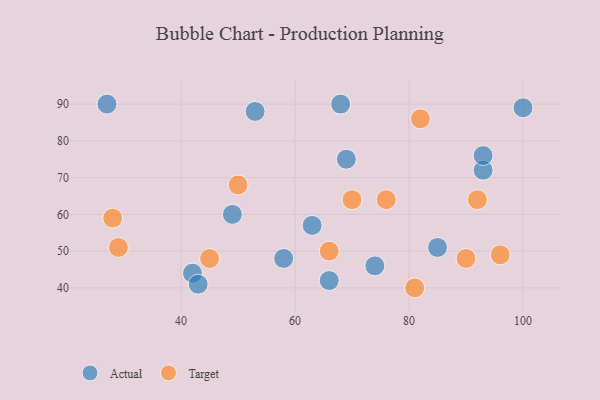
{"axis": {"x": "GDP", "y": "Life Expectancy"}, "legend": ["Actual", "Target"], "data": [{"x": "74", "y": 46, "type": "Actual"}, {"x": "69", "y": 75, "type": "Actual"}, {"x": "53", "y": 88, "type": "Actual"}, {"x": "93", "y": 72, "type": "Actual"}, {"x": "66", "y": 42, "type": "Actual"}, {"x": "58", "y": 48, "type": "Actual"}, {"x": "49", "y": 60, "type": "Actual"}, {"x": "63", "y": 57, "type": "Actual"}, {"x": "27", "y": 90, "type": "Actual"}, {"x": "42", "y": 44, "type": "Actual"}, {"x": "100", "y": 89, "type": "Actual"}, {"x": "43", "y": 41, "type": "Actual"}, {"x": "93", "y": 76, "type": "Actual"}, {"x": "85", "y": 51, "type": "Actual"}, {"x": "68", "y": 90, "type": "Actual"}, {"x": "29", "y": 51, "type": "Target"}, {"x": "50", "y": 68, "type": "Target"}, {"x": "90", "y": 48, "type": "Target"}, {"x": "82", "y": 86, "type": "Target"}, {"x": "66", "y": 50, "type": "Target"}, {"x": "92", "y": 64, "type": "Target"}, {"x": "70", "y": 64, "type": "Target"}, {"x": "45", "y": 48, "type": "Target"}, {"x": "76", "y": 64, "type": "Target"}, {"x": "81", "y": 40, "type": "Target"}, {"x": "96", "y": 49, "type": "Target"}, {"x": "28", "y": 59, "type": "Target"}]}